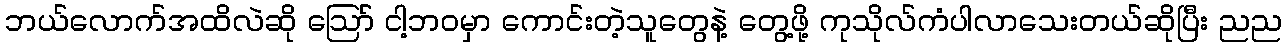
ဘယ်လောက်အထိလဲဆို ဪ ငါ့ဘဝမှာ ကောင်းတဲ့သူတွေနဲ့ တွေ့ဖို့ ကုသိုလ်ကံပါလာသေးတယ်ဆိုပြီး ညည